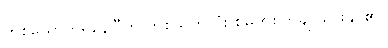
တစ်ယောက်ရနေပြီဟု တစ်သက်လုံး စွဲမှတ်စိတ်ချ သွားနိုင်၏။